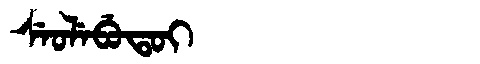
Manchu: ᠰᡝᠣᠯᡝᠪᡠᡨᠣᡳ
Romanization: SEOLEBUTOI